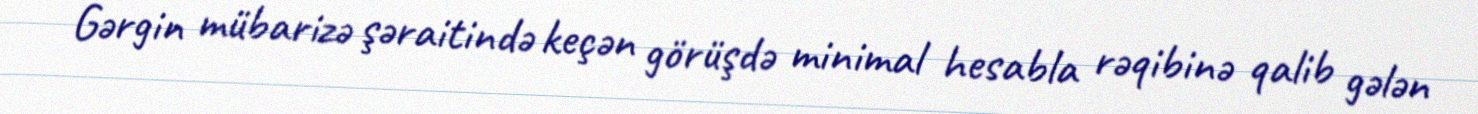
Gərgin mübarizə şəraitində keçən görüşdə minimal hesabla rəqibinə qalib gələn